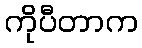
ကိုပီတာက